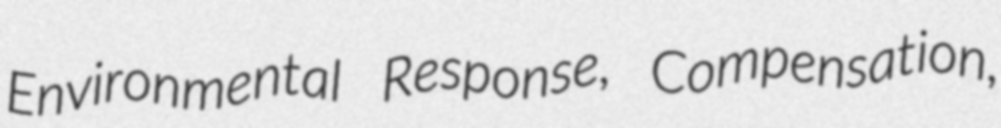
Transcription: Environmental Response, Compensation,